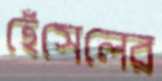
হেঁসেলের